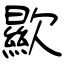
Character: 歞